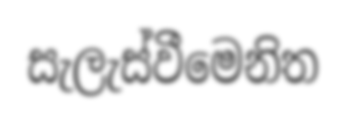
සැලැස්වීමෙනිත